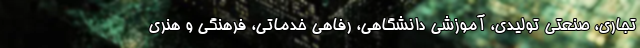
تجاری، صنعتی تولیدی، آموزشی دانشگاهی، رفاهی خدماتی، فرهنگی و هنری